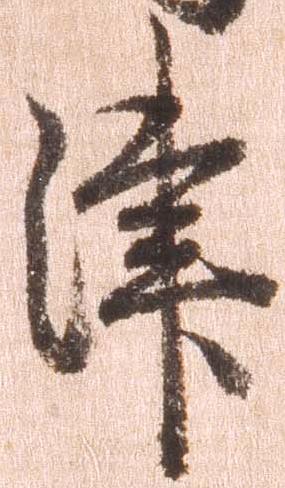
津